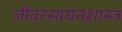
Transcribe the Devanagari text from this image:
जीवरसायनशास्त्र